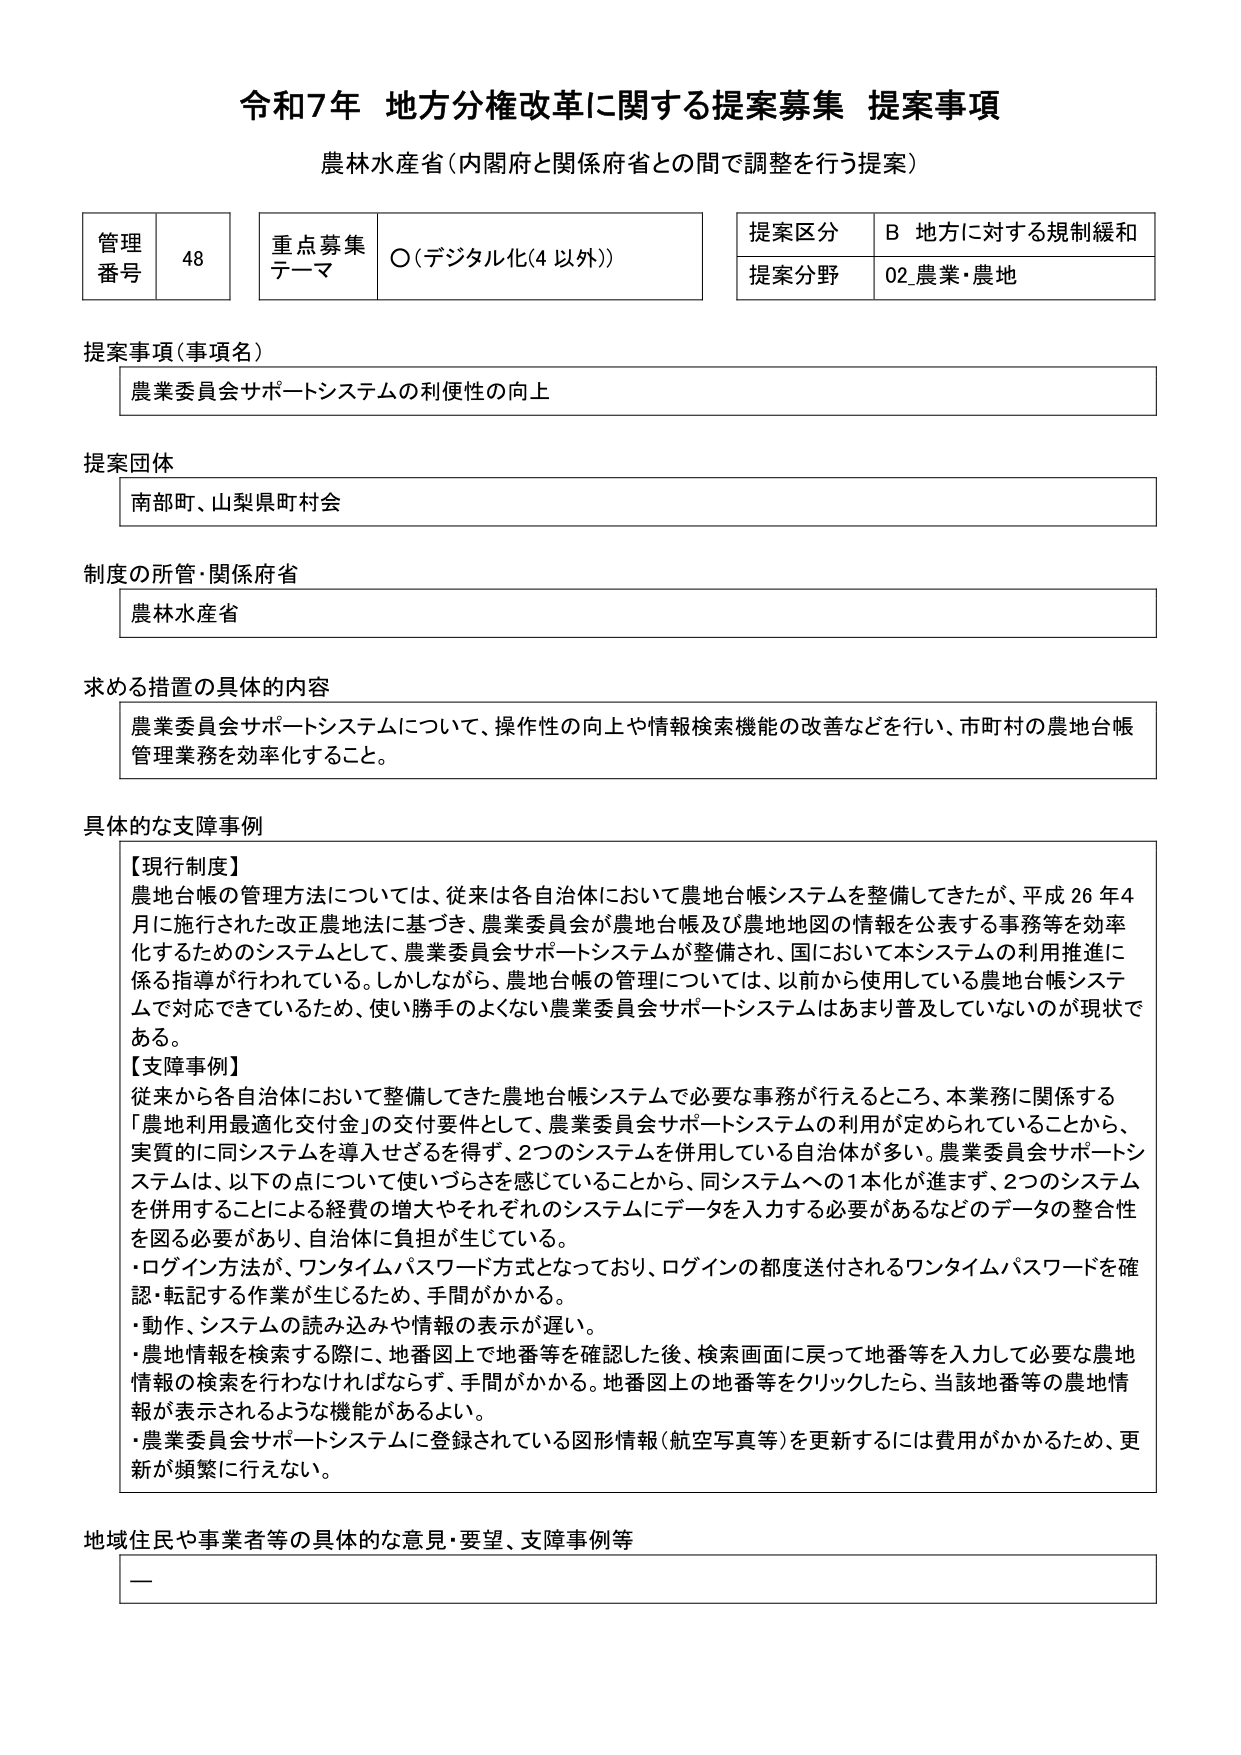
令和7年 地方分権改革に関する提案募集 提案事項
農林水産省（内閣府と関係府省との間で調整を行う提案）

管理番号 48
重点募集テーマ ○（デジタル化（4 以外））
提案区分 B 地方に対する規制緩和
提案分野 02 農業・農地

提案事項（事項名）
農業委員会サポートシステムの利便性の向上

提案団体
南部町、山梨県町村会

制度の所管・関係府省
農林水産省

求める措置の具体的内容
農業委員会サポートシステムについて、操作性の向上や情報検索機能の改善などを行い、市町村の農地台帳管理業務を効率化すること。

具体的な支障事例
【現行制度】
農地台帳の管理方法については、従来は各自治体において農地台帳システムを整備してきたが、平成26年4月に施行された改正農地法に基づき、農業委員会が農地台帳及び農地地図の情報を公表する事務等を効率化するためのシステムとして、農業委員会サポートシステムが整備され、国において本システムの利用推進に係る指導が行われている。しかしながら、農地台帳の管理については、以前から使用している農地台帳システムで対応できているため、使い勝手のよくない農業委員会サポートシステムはあまり普及していないのが現状である。

【支障事例】
従来から各自治体において整備してきた農地台帳システムで必要な事務が行えるところ、本業務に関係する「農地利用最適化交付金」の交付要件として、農業委員会サポートシステムの利用が定められていることから、実質的に同システムを導入せざるを得ず、2つのシステムを併用している自治体が多い。農業委員会サポートシステムは、以下の点について使いづらさを感じていることから、同システムへの1本化が進まず、2つのシステムを併用することによる経費の増大やそれぞれのシステムにデータを入力する必要があるなどのデータの整合性を図る必要があり、自治体に負担が生じている。
・ログイン方法が、ワンタイムパスワード方式となっており、ログインの都度送付されるワンタイムパスワードを確認・転記する作業が生じるため、手間がかかる。
・動作、システムの読み込みや情報の表示が遅い。
・農地情報を検索する際に、地番図上で地番等を確認した後、検索画面に戻って地番等を入力して必要な農地情報の検索を行わなければならないず、手間がかかる。地番図上の地番等をクリックしたら、当該地番等の農地情報が表示されるような機能があるよい。
・農業委員会サポートシステムに登録されている図形情報（航空写真等）を更新するには費用がかかるため、更新が頻繁に行えない。

地域住民や事業者等の具体的な意見・要望、支障事例等
—